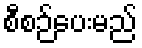
စီစဉ်ပေးမည်